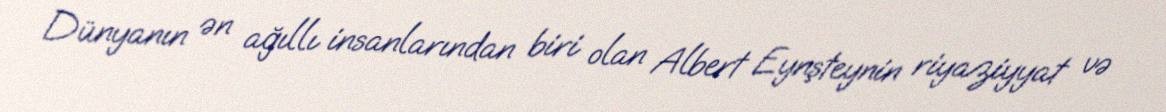
Dünyanın ən ağıllı insanlarından biri olan Albert Eynşteynin riyaziyyat və